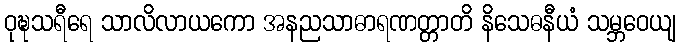
ဝုဍ္ဎသရီရေ သာလိလာယကော အနညသာဓာရဏတ္တာတိ နိသေဓနီယံ သမ္ဘဝေယျ